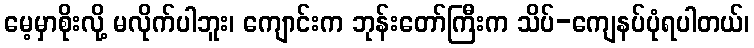
မေ့မှာစိုးလို့ မလိုက်ပါဘူး၊ ကျောင်းက ဘုန်းတော်ကြီးက သိပ်-ကျေနပ်ပုံရပါတယ်၊